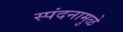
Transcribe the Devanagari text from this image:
स्पंदनामुळे